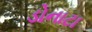
ડોનાટા